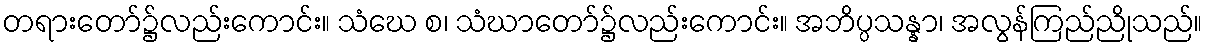
တရားတော်၌လည်းကောင်း။ သံဃေ စ၊ သံဃာတော်၌လည်းကောင်း။ အဘိပ္ပသန္နာ၊ အလွန်ကြည်ညိုသည်။